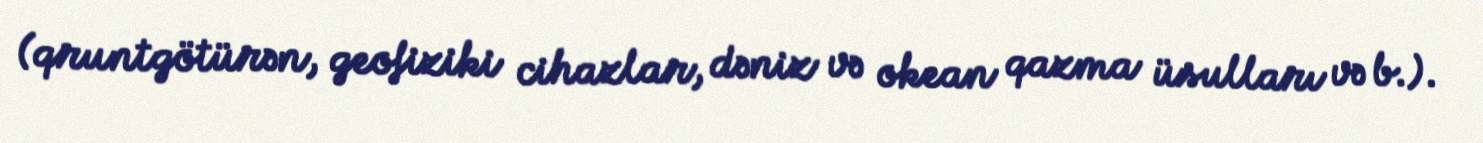
(qruntgötürən, geofiziki cihazlar, dəniz və okean qazma üsulları və b.).